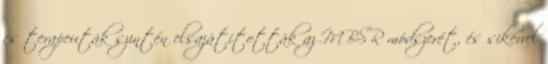
és terapeuták szintén elsajátították az MBSR módszerét, és sikerrel